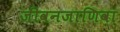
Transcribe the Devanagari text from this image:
जीवनजाणिवा